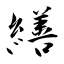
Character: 繕